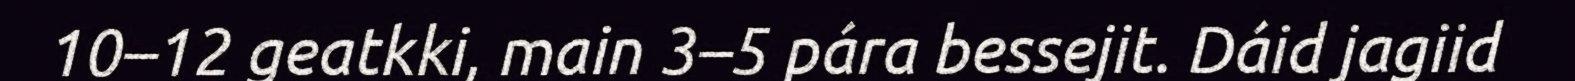
10–12 geatkki, main 3–5 pára bessejit. Dáid jagiid